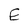
Character: E